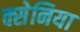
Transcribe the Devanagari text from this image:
क्सेनिया